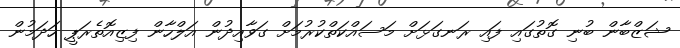
ޝަޒްބާން ބުނި ގޮތުގައި ފައި ރަނގަޅަށް މަސައްކަތްކުރުމަށް ގަވާއިދުން އަލްހާން ފިޒިއޮތެރަޕީ ހަދަމުން